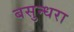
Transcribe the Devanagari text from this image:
बसुन्धरा